DOW-UAP-D48, Department of the Air Force Report, 1996
Agency: Department of War
Incident date: 9/10/96
Page 49
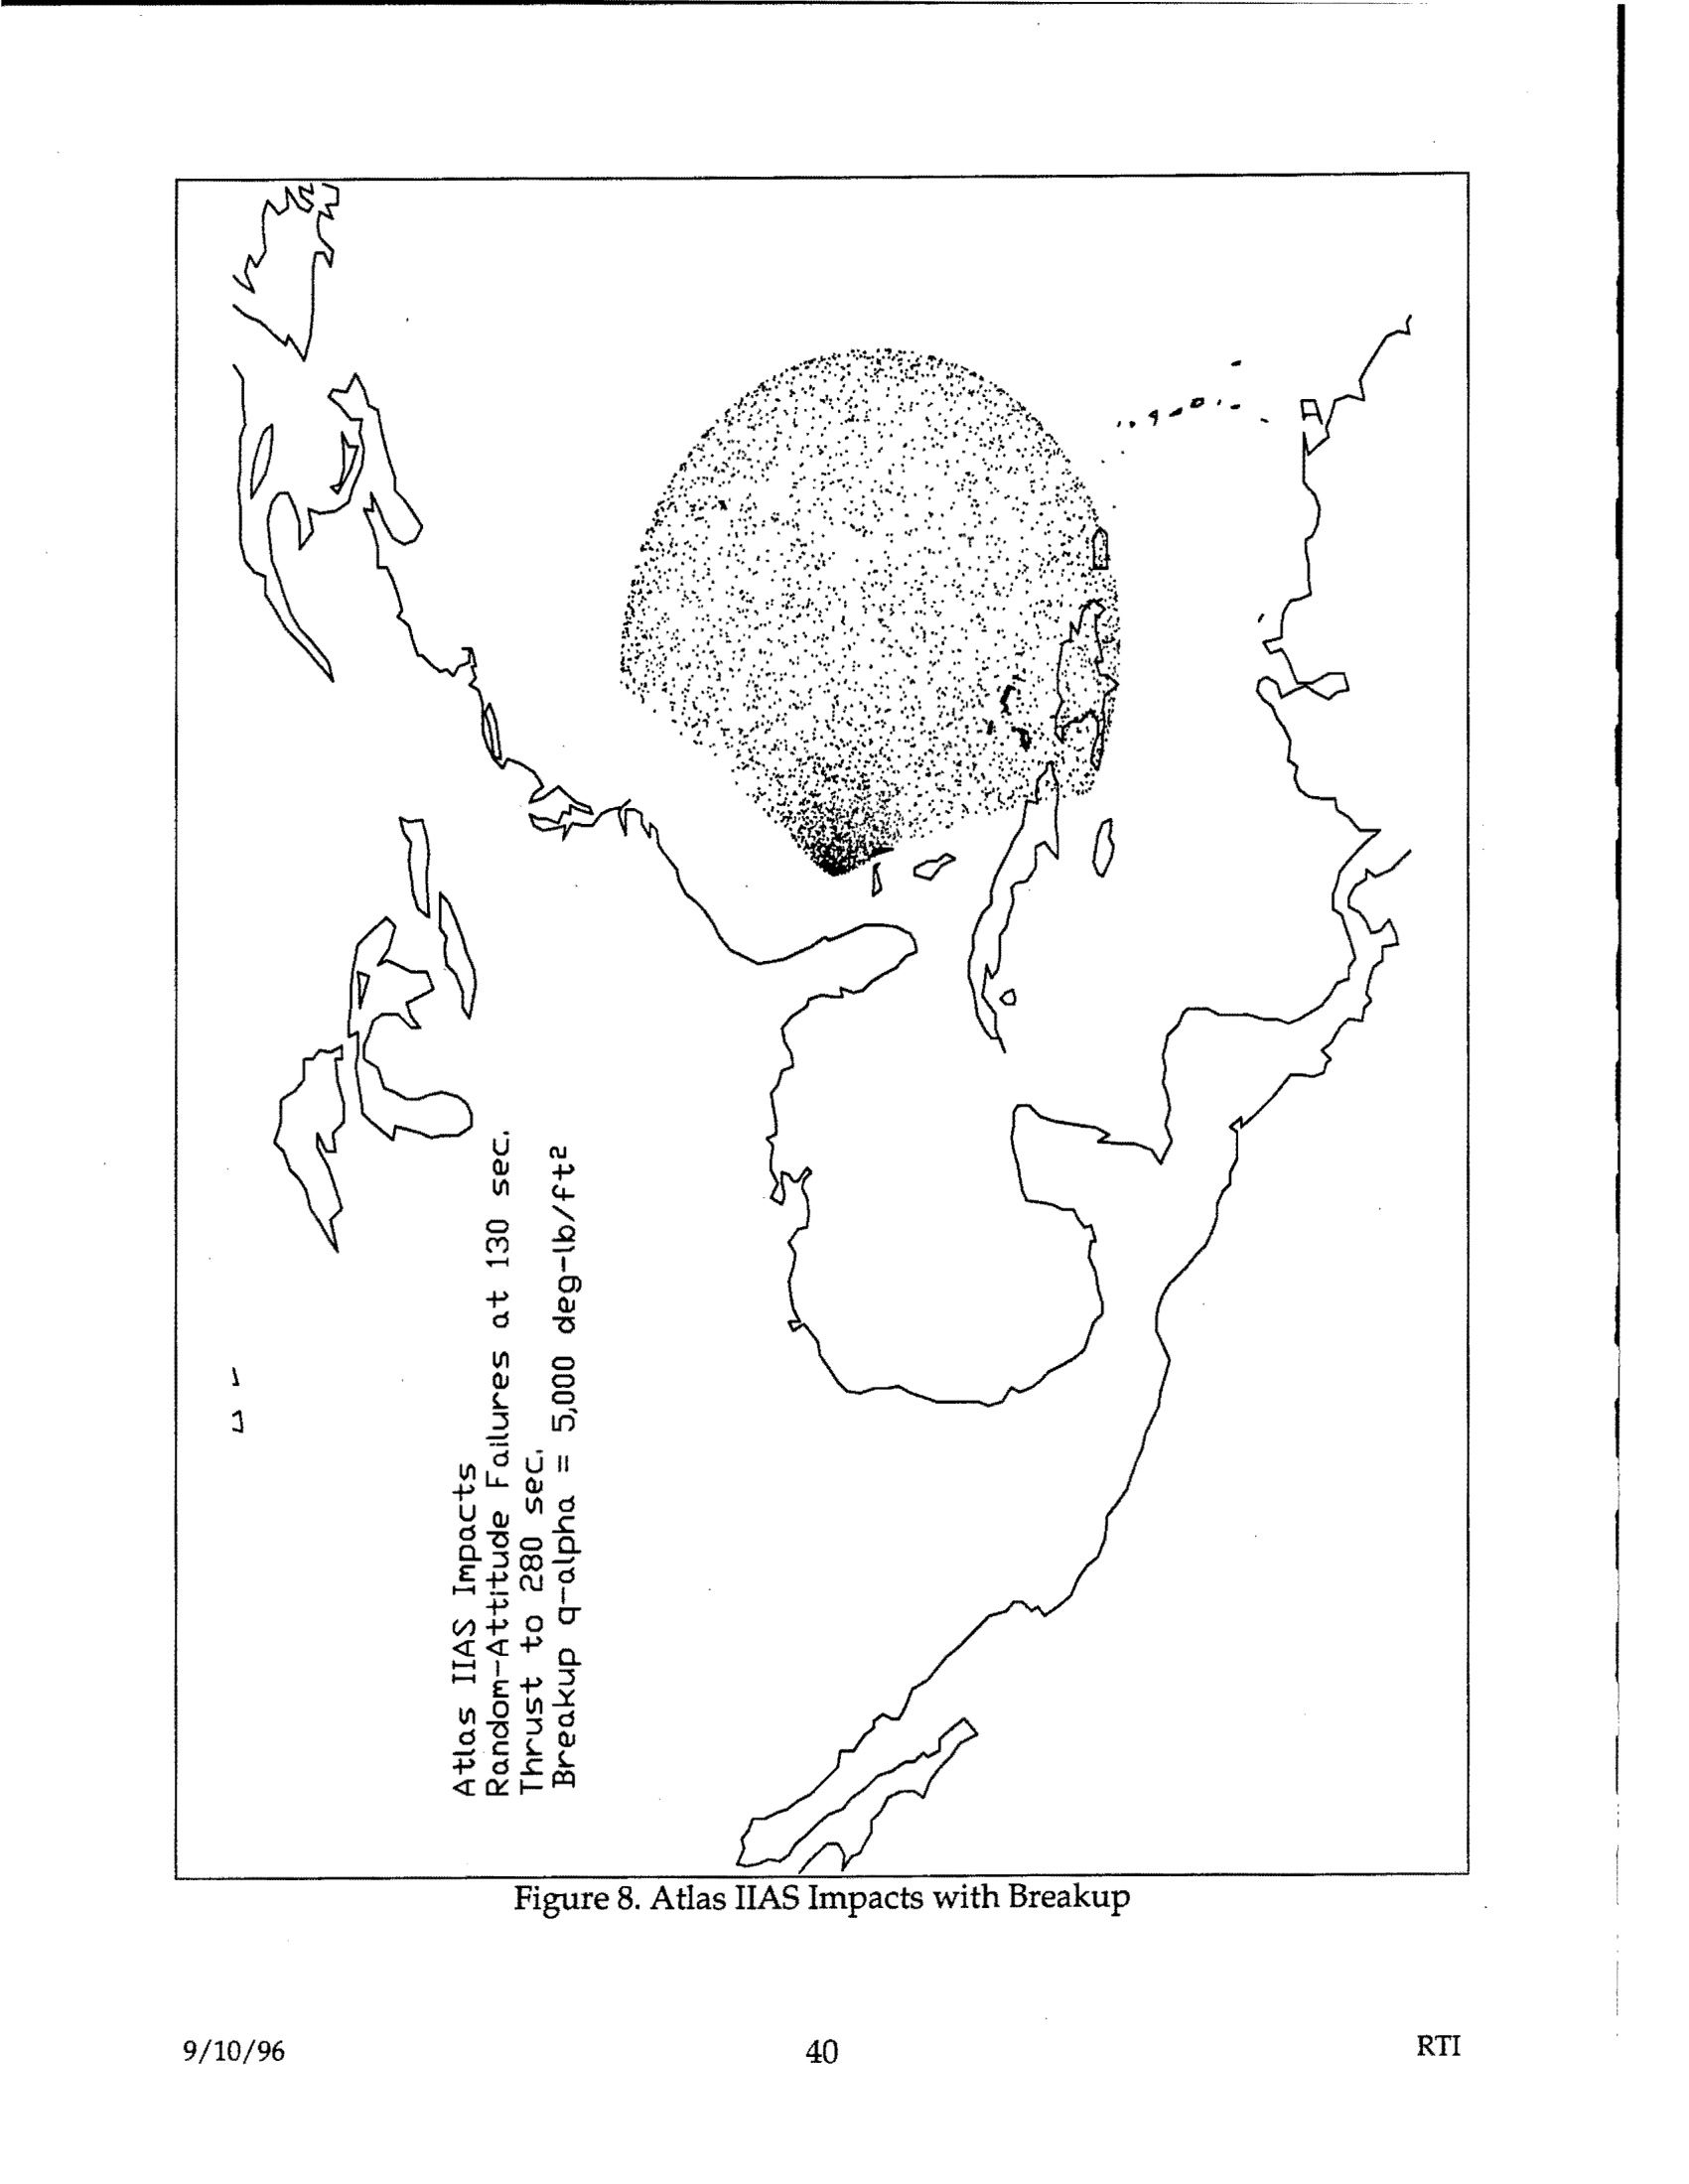